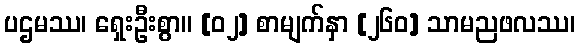
ပဌမဿ၊ ရှေးဦးစွာ။ [၀၂] စာမျက်နှာ [၂၆၀] သာမညဖလဿ၊